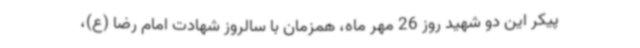
پیکر این دو شهید روز 26 مهر ماه، همزمان با سالروز شهادت امام رضا (ع)،